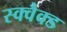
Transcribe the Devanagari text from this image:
स्क्वैक्ड